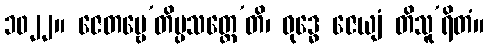
၁၀၂၂။ ဇေတဗ္ဗေ’တိပ္ပသတ္ထေ’တိ၊ ဝုဒ္ဓေ ဇေယျံ တိသူ’ရိတံ။